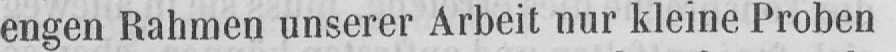
engen Rahmen unserer Arbeit nur kleine Proben